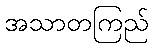
အသာတကြည်